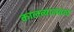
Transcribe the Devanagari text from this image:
कालव्याजवळ